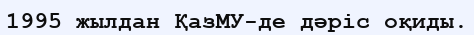
1995 жылдан ҚазМУ-де дәріс оқиды.